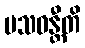
ပသဝန္တီတိ